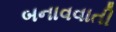
બનાવવાતી